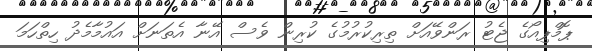
ޕޮމްޕިއޯގެ ޖެޓު ރަންވޭއަށް ތިރިކުރުމުގެ ކުރިން ވެސް އޭނާ އެތަނަށް އައުމާމެދު ހިތްހަމަ